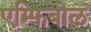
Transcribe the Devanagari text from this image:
एम्फिबोल